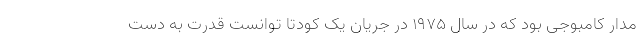
مدار کامبوجی بود که در سال 1975 در جریان یک کودتا توانست قدرت به دست